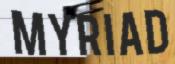
MYRIAD